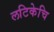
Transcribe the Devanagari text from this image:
लटिकेचि